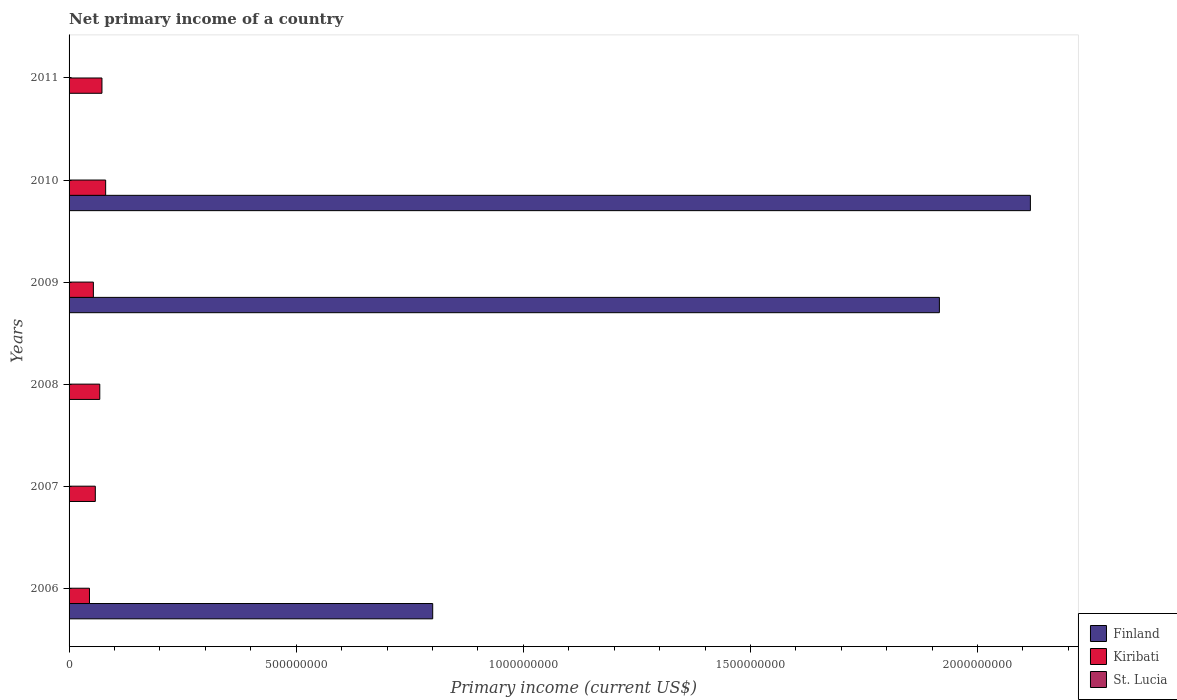
| Years | Finland | Kiribati | St. Lucia |
 | --- | --- | --- | --- |
 | 2006 | 8.01e+08 | 4.49e+07 | -5.45e+07 |
 | 2007 | -6.38e+08 | 5.78e+07 | -6.8e+07 |
 | 2008 | -1.75e+09 | 6.76e+07 | -7.19e+07 |
 | 2009 | 1.92e+09 | 5.35e+07 | -4.52e+07 |
 | 2010 | 2.12e+09 | 8.05e+07 | -3.96e+07 |
 | 2011 | -2.26e+08 | 7.24e+07 | -1.98e+07 |